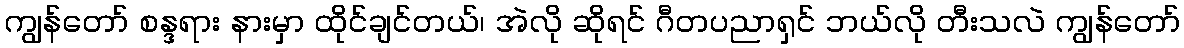
ကျွန်တော် စန္ဒရား နားမှာ ထိုင်ချင်တယ်၊ အဲလို ဆိုရင် ဂီတပညာရှင် ဘယ်လို တီးသလဲ ကျွန်တော်